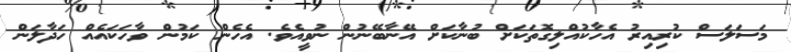
މަސަލަސް ކުރިއިރު އެހާކުއްލިގޮތަކަށް ބުނާކަށް އޭނާބޭނުން ނުވީއެވެ. އެހެން ކަމުން ވާހަކައެއް ހަދާލަން